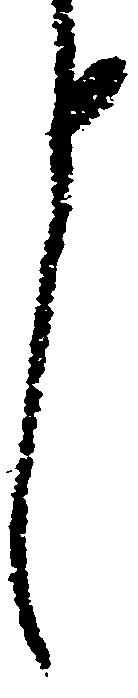
言